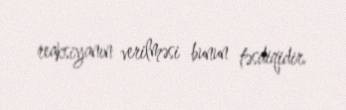
reaksiyanın verilməsi bunun təsdiqidir.